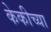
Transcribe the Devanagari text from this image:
केकीच्या